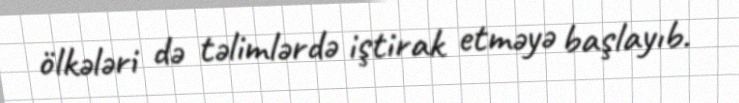
ölkələri də təlimlərdə iştirak etməyə başlayıb.